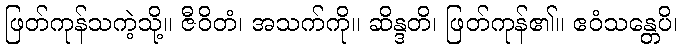
ဖြတ်ကုန်သကဲ့သို့။ ဇီဝိတံ၊ အသက်ကို။ ဆိန္ဒတိ၊ ဖြတ်ကုန်၏။ ဧဝံသန္တေပိ၊